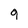
Character: g